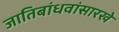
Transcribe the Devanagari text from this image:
जातिबांधवांसारखे